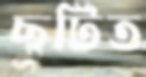
ছুটিত